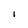
Character: I